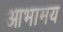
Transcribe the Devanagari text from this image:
आभामय